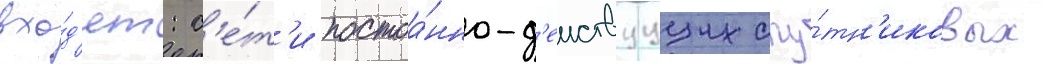
вхо́д'ят: с'е́т'и постоа́нно-д'еиствуущих спу́тн'иковых